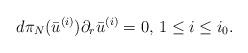
LaTeX: \begin{align*} d\pi_N(\bar{u}^{(i)})\partial_r\bar{u}^{(i)}=0,\, 1\le i\le i_0.\end{align*}